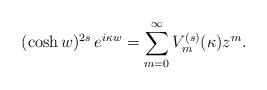
LaTeX: \begin{align*}(\cosh w)^{2s}\,e^{i\kappa w}=\sum_{m=0}^{\infty} V_m^{(s)}(\kappa)z^m.\end{align*}